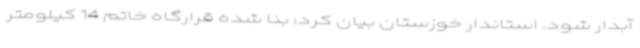
آبدار شود. استاندار خوزستان بیان کرد: بنا شده قرارگاه خاتم 14 کیلومتر